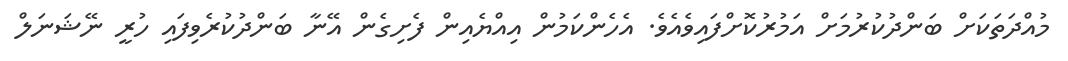
މުއްދަތަކަށް ބަންދުކުރުމަށް އަމުރުކޮށްފައިވެއެވެ. އެހެންކަމުން އިއްޔެއިން ފެށިގެން އޭނާ ބަންދުކުރެވިފައި ހުރީ ނޭޝަނަލް